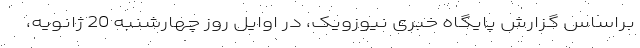
براساس گزارش پایگاه خبری نیوزویک، در اوایل روز چهارشنبه 20 ژانویه،